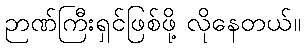
ဉာဏ်ကြီးရှင်ဖြစ်ဖို့ လိုနေတယ်။